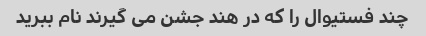
چند فستیوال را که در هند جشن می گیرند نام ببرید